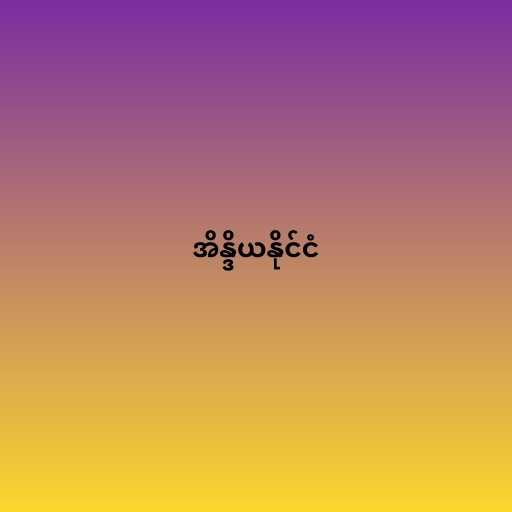
အိန္ဒိယနိုင်ငံ